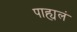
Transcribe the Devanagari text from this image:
पाह्यलं